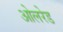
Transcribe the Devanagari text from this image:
ओलरेड